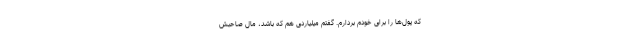
که پول‌ها را برای خودم بردارم. گفتم میلیاردی هم که باشد، مال صاحبش